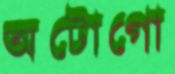
অটোগো